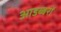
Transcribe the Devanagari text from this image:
आडब्बरों